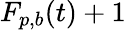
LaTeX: F_{p,b}(t)+1